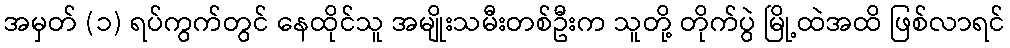
အမှတ် (၁) ရပ်ကွက်တွင် နေထိုင်သူ အမျိုးသမီးတစ်ဦးက သူတို့ တိုက်ပွဲ မြို့ထဲအထိ ဖြစ်လာရင်